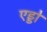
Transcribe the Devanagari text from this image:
एड्डो